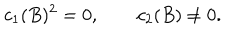
c _ { 1 } ( B ) ^ { 2 } = 0 , \qquad c _ { 2 } ( B ) \neq 0 .